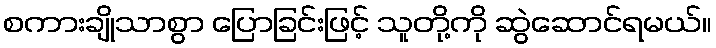
စကားချိုသာစွာ ပြောခြင်းဖြင့် သူတို့ကို ဆွဲဆောင်ရမယ်။